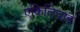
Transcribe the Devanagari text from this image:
एकिलियाड